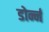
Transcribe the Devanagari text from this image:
डोर्न्न